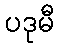
ပဒုမီ